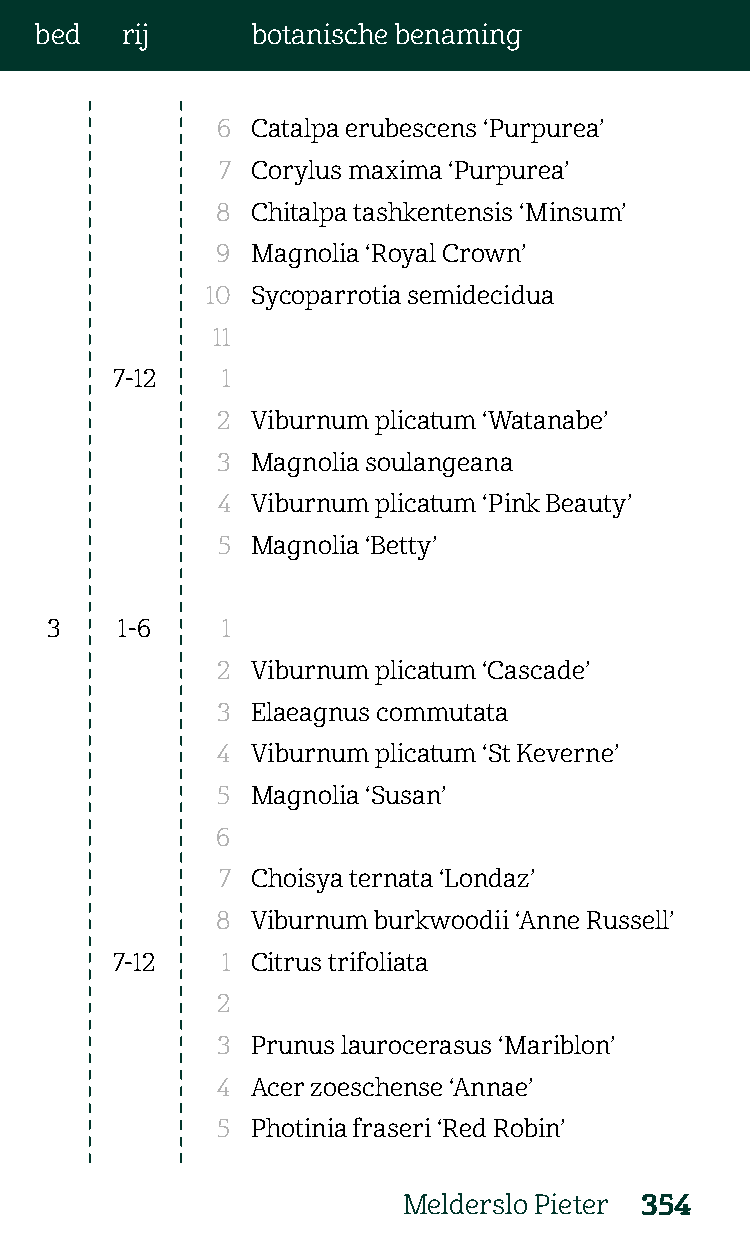
bed   rij      botanische benaming
 6  Catalpa erubescens ‘Purpurea’
 7  Corylus maxima ‘Purpurea’
 8  Chitalpa tashkentensis ‘Minsum’
 9  Magnolia ‘Royal Crown’
 10 Sycoparrotia semidecidua
 11
 7-12    1
 2  Viburnum plicatum ‘Watanabe’
 3  Magnolia soulangeana
 4  Viburnum plicatum ‘Pink Beauty’
 5  Magnolia ‘Betty’
 3    1-6    1
 2  Viburnum plicatum ‘Cascade’
 3  Elaeagnus commutata
 4  Viburnum plicatum ‘St Keverne’
 5  Magnolia ‘Susan’
 6
 7  Choisya ternata ‘Londaz’
 8  Viburnum burkwoodii ‘Anne Russell’
 7-12    1 Citrus trifoliata
 2
 3  Prunus laurocerasus ‘Mariblon’
 4  Acer zoeschense ‘Annae’
 5  Photinia fraseri ‘Red Robin’
 Melderslo Pieter 354